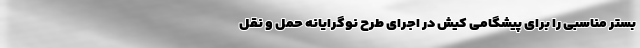
بستر مناسبی را برای پیشگامی کیش در اجرای طرح نوگرایانه حمل و نقل